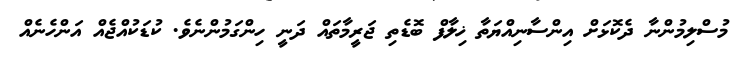
މުސްލިމުންނާ ދެކޮޅަށް އިންސާނިއްޔަތާ ޚިލާފް ބޮޑެތި ޖަރީމާތައް ދަނީ ހިންގަމުންނެވެ. ކުޑަކުއްޖެއް އަންހެނެއް